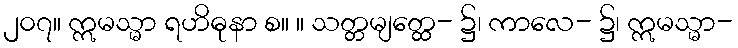
၂၀၇။ ဣမသ္မာ ရဟိဓုနာ စ။ ။ သတ္တမျတ္ထေ- ၌၊ ကာလေ- ၌၊ ဣမသ္မာ-